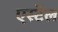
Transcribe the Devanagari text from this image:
एस्टेल